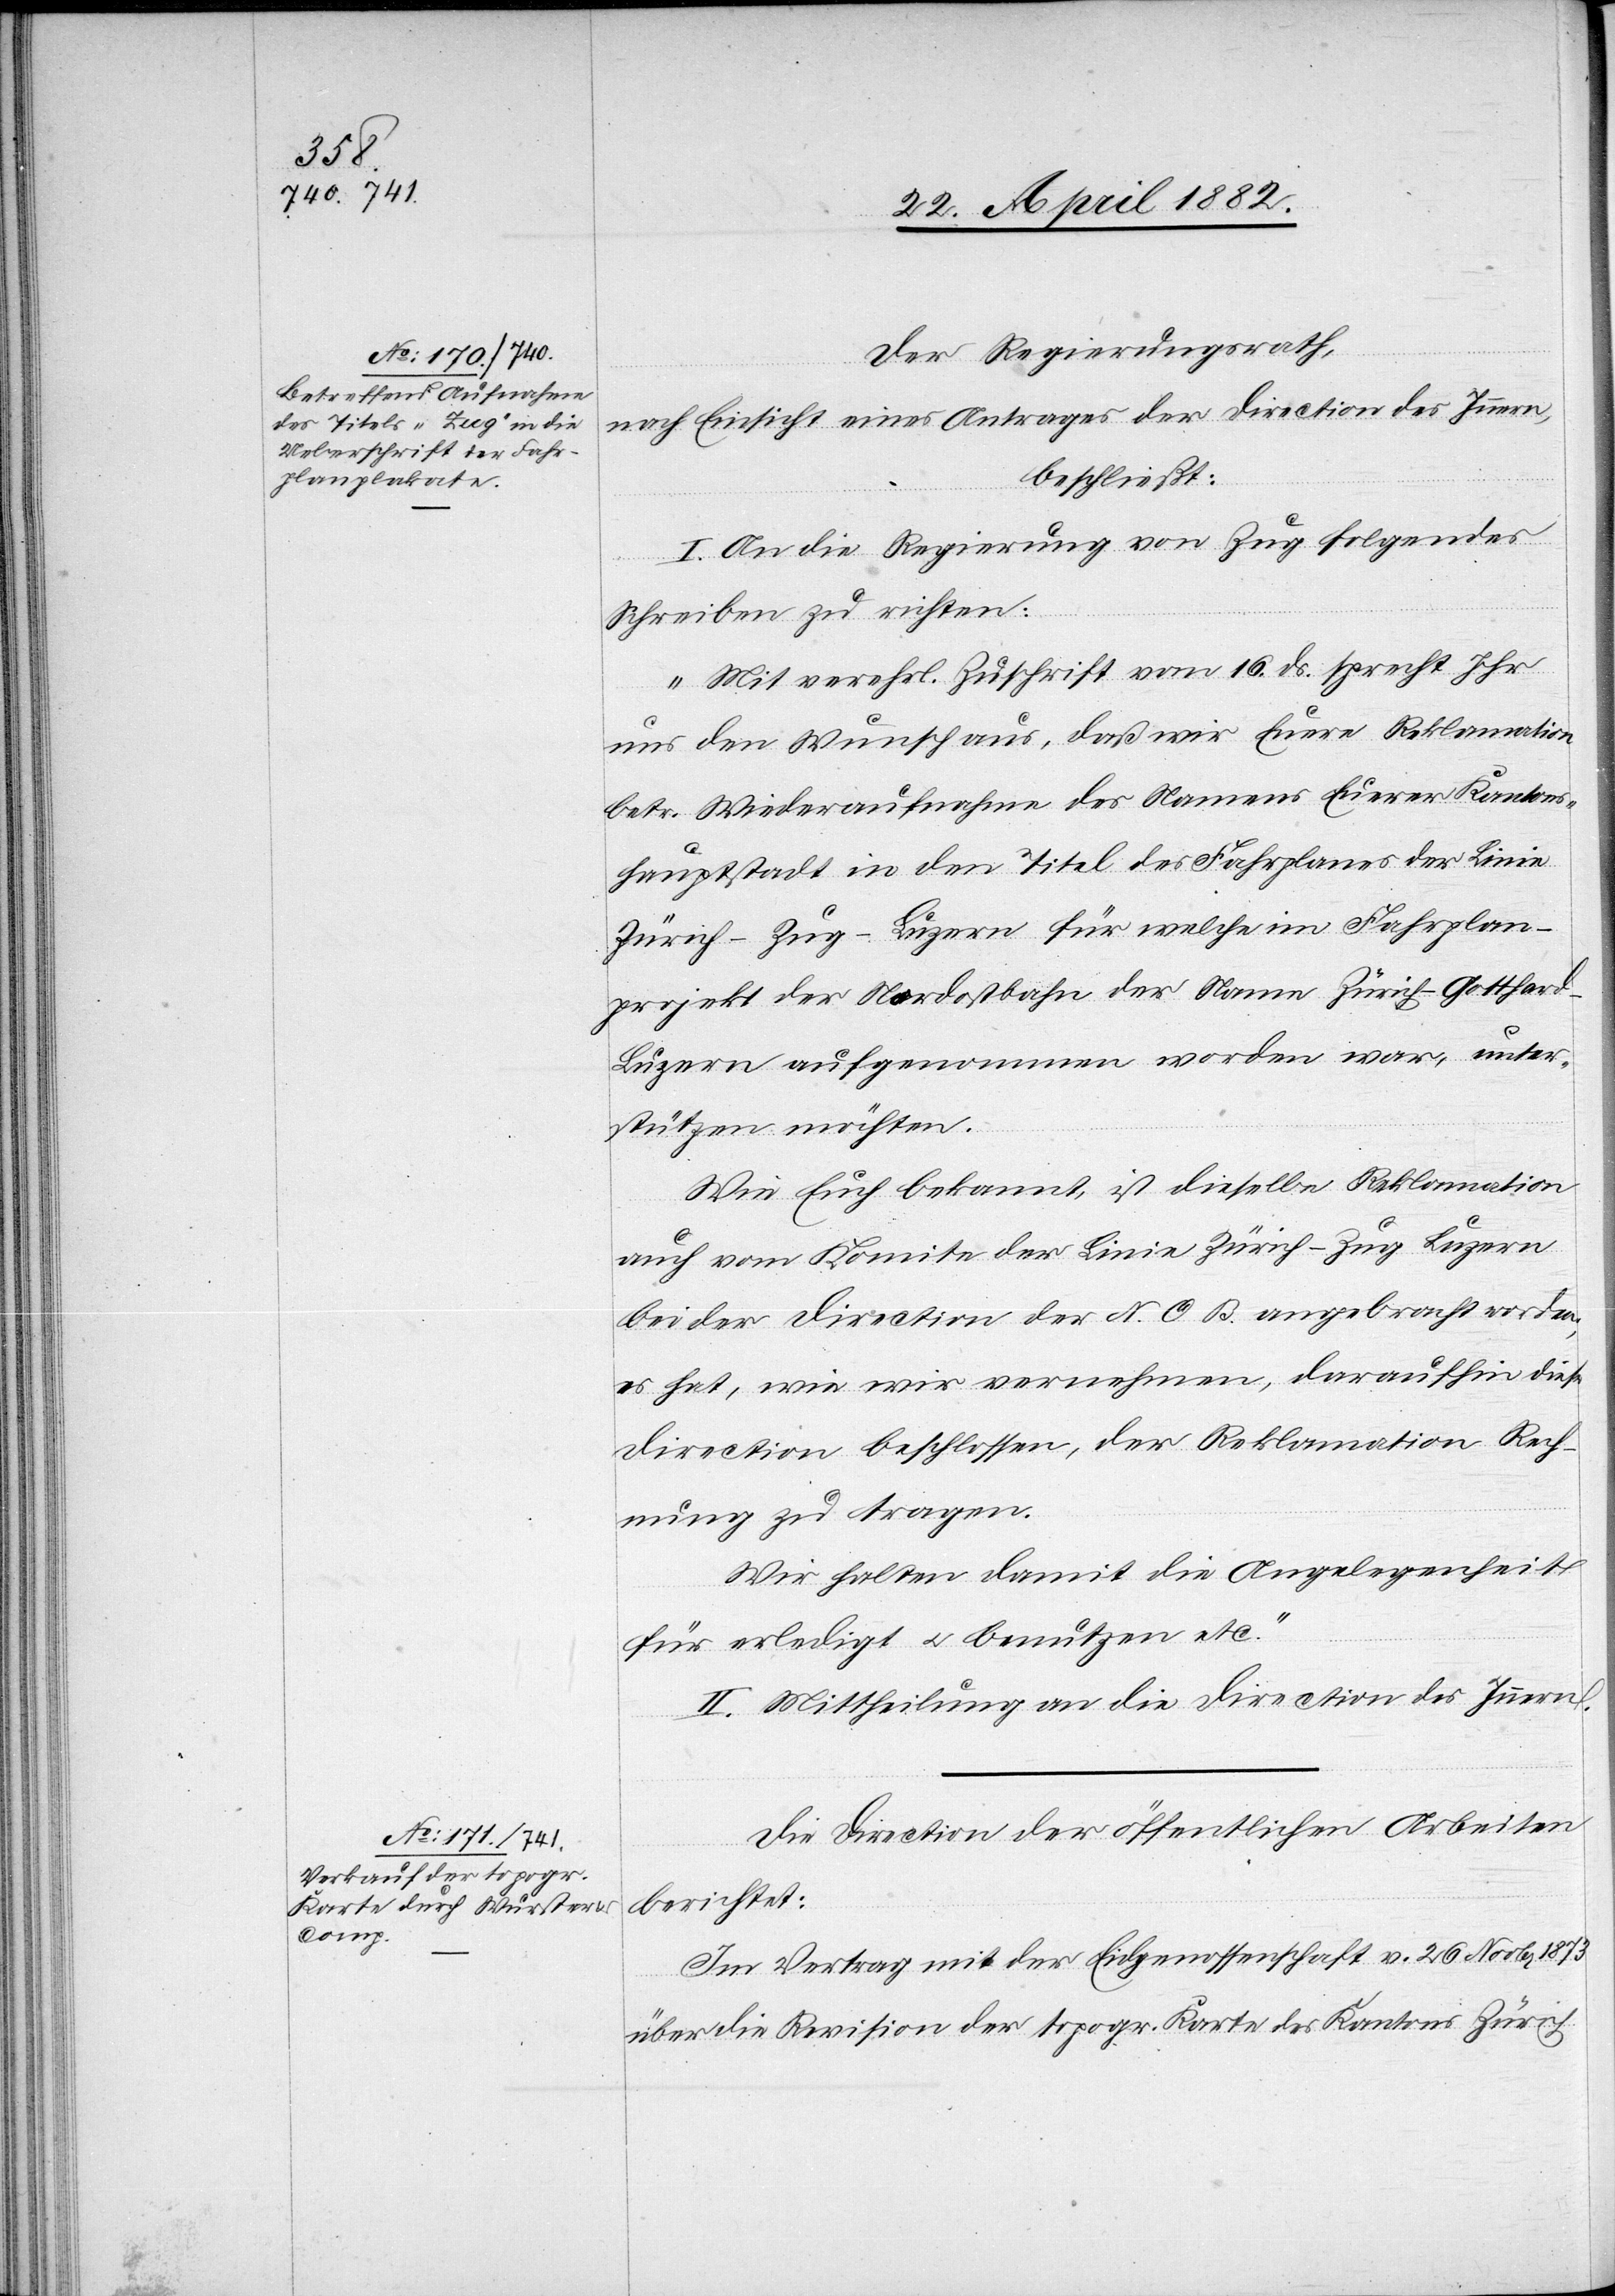
Der Regierungsrath,
nach Einsicht eines Antrages der Direction des Innern,
beschließt:
I. An die Regierung von Zug folgendes
Schreiben zu richten:
„Mit verehrl. Zuschrift vom 16. ds. sprecht Ihr
uns den Wunsch aus, daß wir Eure Reklamation
betr. Wiederaufnahme des Namens Euerer Kantons¬
hauptstadt in den Titel des Fahrplanes der Linie
Zürich–Zug–Luzern für welche im Fahrplan¬
projekt der Nordostbahn der Name Zürich–Gotthard–L¬
uzern aufgenommen worden war, unter¬
stützen möchten.
Wie Euch bekannt, ist dieselbe Reklamation
auch vom Komite der Linie Zürich–Zug[–]Luzern
bei der Direction der N. O. B. angebracht worden,
es hat, wie wir vernehmen, daraufhin diese
Direction beschlossen, der Reklamation Rech¬
nung zu tragen.
Wir halten damit die Angelegenheit
für erledigt u. benutzen etc.“
II. Mittheilung an die Direction des Innern.
Die Direction der öffentlichen Arbeiten
berichtet:
Im Vertrag mit der Eidgenossenschaft v. 26. Novbr. 1873
über die Revision der topogr. Karte des Kantons Zürich